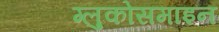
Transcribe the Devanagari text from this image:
ग्लुकोसमाइन